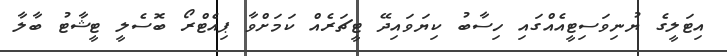
އިޓަލީގެ ޔުނިވަސިޓީއެއްގައި ހިސާބު ކިޔަވައިދޭ ޓީޗަރެއް ކަމަށްވާ ޕިއެޓްރޯ ބޮސެލީ ޓީޝާޓު ބާލާ